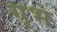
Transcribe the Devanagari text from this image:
गृभ